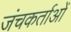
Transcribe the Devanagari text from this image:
जंचकर्ताओं